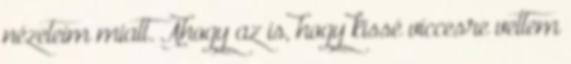
nézeteim miatt. Ahogy az is, hogy kissé viccesre vettem